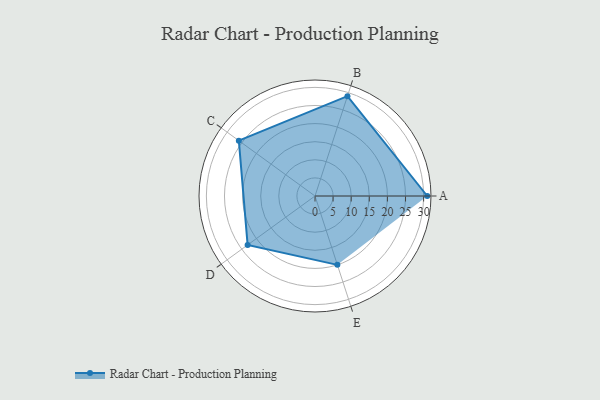
{"axis": {"x": "Skill", "y": "Score"}, "legend": ["Profile"], "data": [{"x": "A", "y": 31.0, "type": "Profile"}, {"x": "B", "y": 29.0, "type": "Profile"}, {"x": "C", "y": 26.0, "type": "Profile"}, {"x": "D", "y": 23.0, "type": "Profile"}, {"x": "E", "y": 20, "type": "Profile"}]}